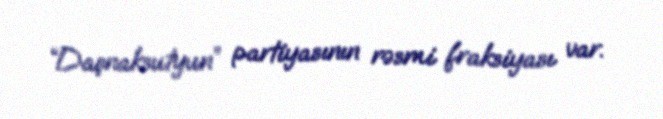
“Daşnaksutyun” partiyasının rəsmi fraksiyası var.